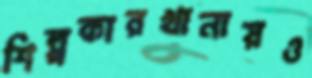
শিল্পকারখানায়ও